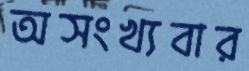
অসংখ্যবার